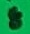
Text: 8